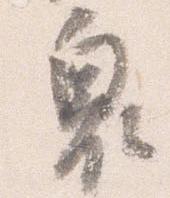
奥